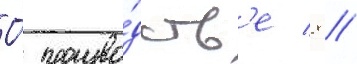
О́ произво́дств'е 8 //